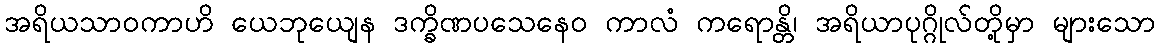
အရိယသာဝကာဟိ ယေဘုယျေန ဒက္ခိဏပသေနေဝ ကာလံ ကရောန္တိ၊ အရိယာပုဂ္ဂိုလ်တို့မှာ များသော